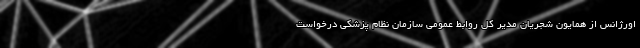
اورژانس از همایون شجریان مدیر کل روابط عمومی سازمان نظام پزشکی درخواست